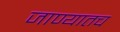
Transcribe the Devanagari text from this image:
जाण्यातच